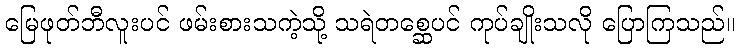
မြေဖုတ်ဘီလူးပင် ဖမ်းစားသကဲ့သို့ သရဲတစ္ဆေပင် ကုပ်ချိုးသလို ပြောကြသည်။